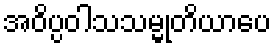
အဝိပ္ပဝါသသမ္မုတိယာပေ